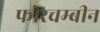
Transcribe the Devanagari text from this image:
फोरचम्बीन